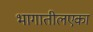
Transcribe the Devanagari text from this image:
भागातीलएका